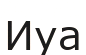
Иуа